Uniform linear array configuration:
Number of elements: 8
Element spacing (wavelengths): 0.5
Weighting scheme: blackman
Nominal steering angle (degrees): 0
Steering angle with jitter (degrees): -0.2149
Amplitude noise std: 0.05
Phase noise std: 0.05

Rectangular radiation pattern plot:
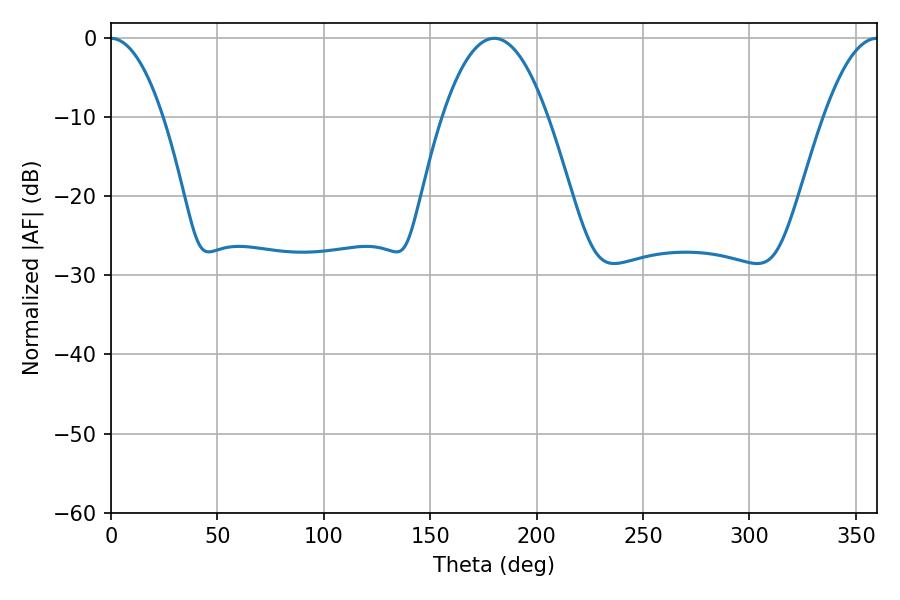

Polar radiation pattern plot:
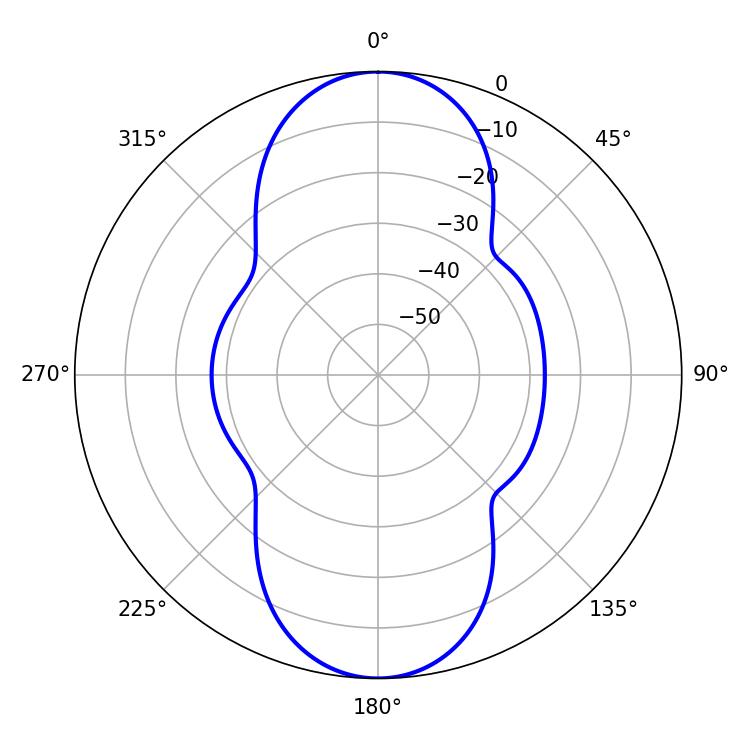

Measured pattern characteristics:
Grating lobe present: FALSE
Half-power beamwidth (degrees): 13.5
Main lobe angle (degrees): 0